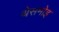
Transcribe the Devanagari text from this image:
थेसमोइ